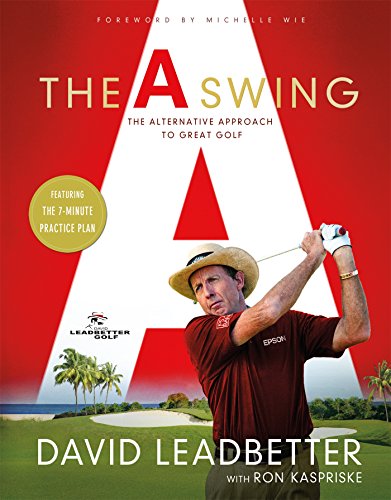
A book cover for The A Swing: The Alternative Approach to Great Golf; David Leadbetter; Sports & Outdoors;